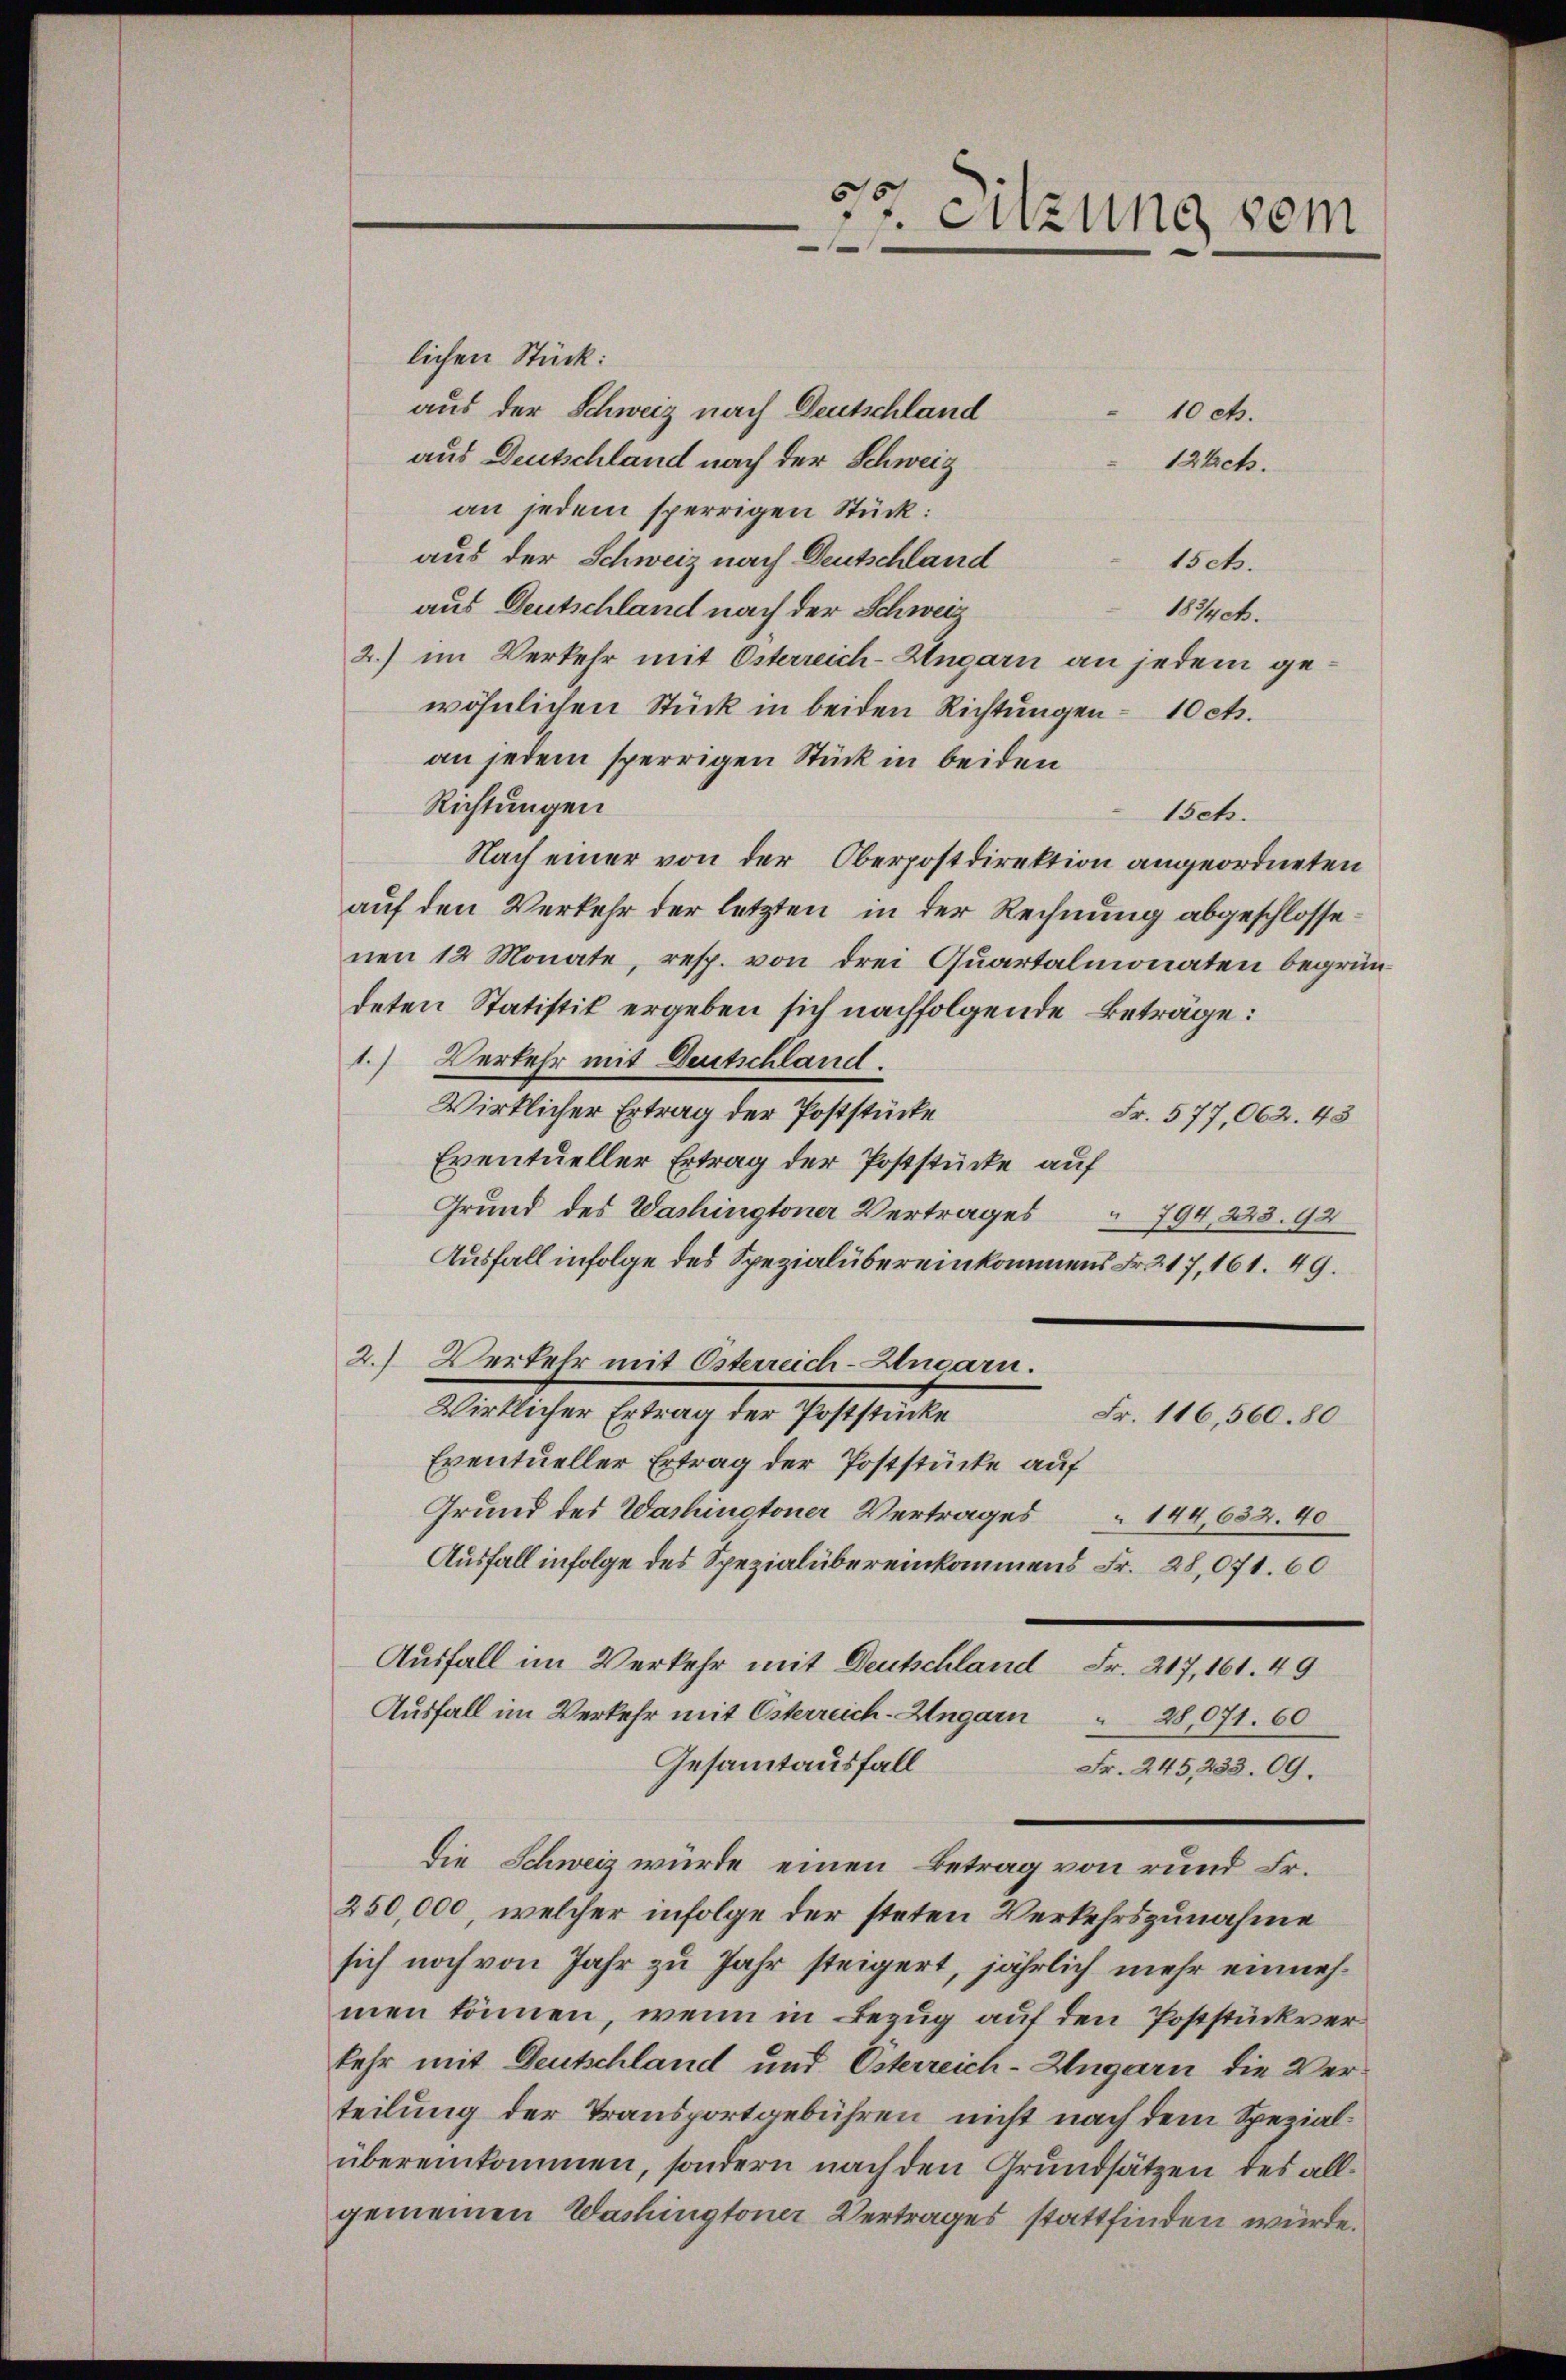
.
6
r. Sitzung dem

lichen Stück:
aus der Schweiz nach Deutschland
aus Deutschland nach der Schweiz
an jedem sperrigen Stück:
aus der Schweiz nach Deutschland
1sch.
aus Deutschland nach der Schweiz
183/4 c.
2.) im Verkehr mit Osterreich-Ungarn an jedem gewöhnlichen Stück in beiden Richtungen - 10 cts.
an jedem sperrigen Stück in beiden
Richtungen
1sch.
Nach einer von der Oberpostdirektion angeordneten
auf den Verkehr der letzten in der Rechnung abgeschlossenen 12 Monate, resp. von drei Quartalmonaten begründeten Statistik ergeben sich nachfolgende Beträge:
1.) Verkehr mit Deutschland.
Wirklicher Ertrag der Poststücke
Fr. 577,062. 43
Eventueller Ertrag der Poststücke auf
Grund des Washingtoner Vertrages
 794, 223. 92
Ausfall infolge des Spezialübereinkommens Fr. 17, 161. 49.
2.) Verkehr mit Österreich-Ungarn.
Wirklicher Ertrag der Poststücke
Fr. 116,560. 80
Eventueller Ertrag der Poststücke auf
Grund des Washingtoner Vertrages 144,632. 40
Ausfall infolge des Spezialübereinkommens Fr. 28,071. 60
Ausfall im Verkehr mit Deutschland Fr. 217, 161. 49
Ausfall im Verkehr mit Österreich-Ungarn
28,071. 60
Gesamtausfall
Fr. 245, 233. 09.
die Schweiz würde einen Betrag von rund Fr.
250,000, welcher infolge der steten Verkehrszunahme
sich noch von Jahr zu Jahr steigert, jährlich mehr einnehmen können, wenn in Bezug auf den Poststück verkehr mit Deutschland und Österreich-Ungarn die Verteilung der Transportgebühren nicht nach dem Spezialübereinkommen, sondern nach den Grundsätzen des allgemeinen Washingtoner Vertrages stattfinden würde.

10 c.
12 cts.